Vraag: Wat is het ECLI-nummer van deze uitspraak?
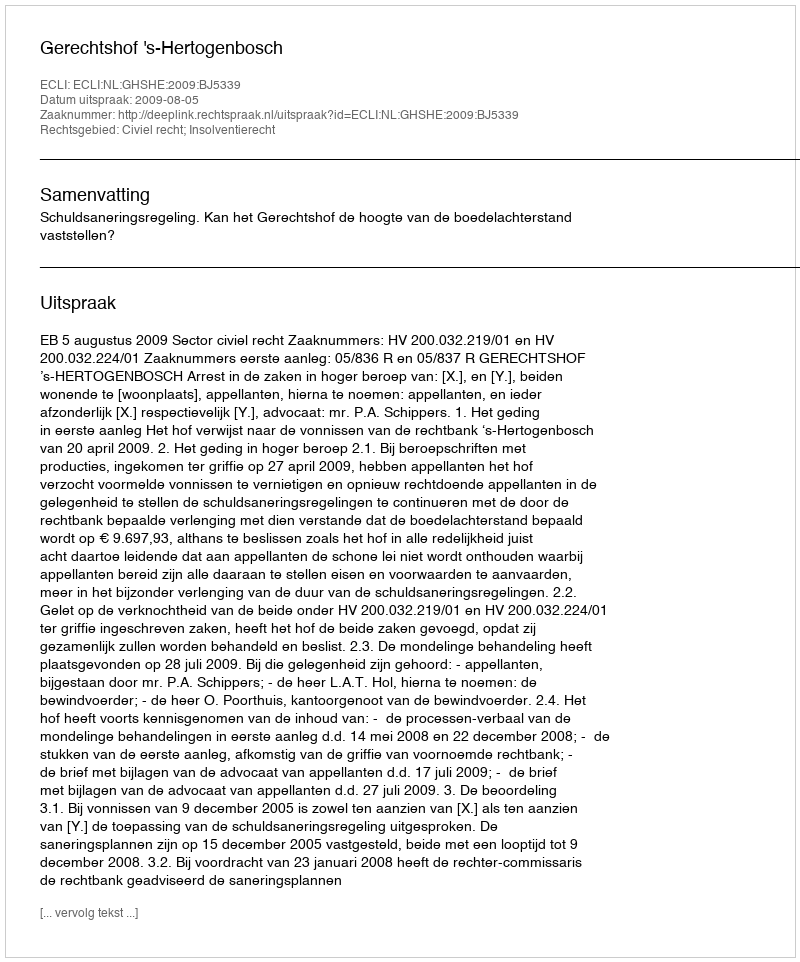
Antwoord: ECLI:NL:GHSHE:2009:BJ5339